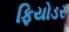
ફિયોડર